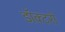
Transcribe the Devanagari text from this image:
डॉक्‍टरो